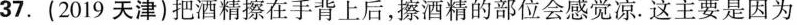
37. (2019天津)把酒精擦在手背上后，擦酒精的部位会感觉凉。这主要是因为